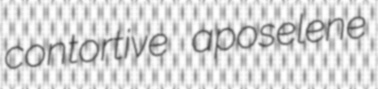
contortive aposelene